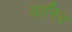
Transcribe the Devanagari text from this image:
यानिव